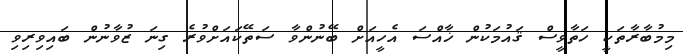
މިމުބާރާތަކީ ހަތާވީސް ޤައުމަކުން ޚާއްސަ އެހީއަށް ބޭނުންވާ ސަތޭކައަށްވުރެ ގިނަ ޒުވާނުން ބައިވިރިވި